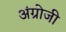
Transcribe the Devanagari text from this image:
अंग्रोजी